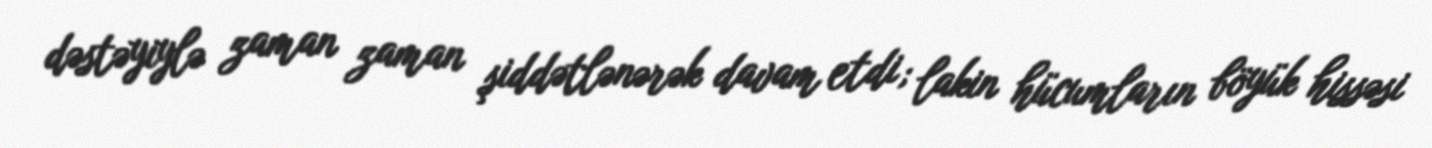
dəstəyiylə zaman zaman şiddətlənərək davam etdi; lakin hücumların böyük hissəsi